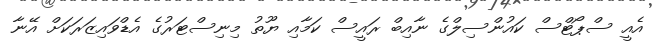
އެއީ ސްޕޯޓްސް ކައުންސިލްގެ ނާއިބް ރައީސް ކަމާއި ޔޫތު މިނިސްޓަރުގެ އެޑްވައިޒަރަކަށް އޭނާ